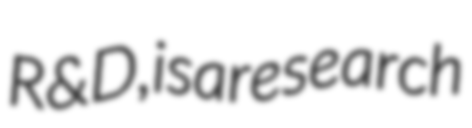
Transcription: R&D, is a research